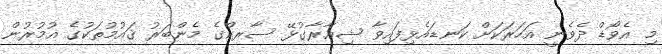
މި އެވޯޑް ދެވެނީ އަހަރަކަށް ކަނޑައެޅިފައިވާ ޝިޢާރާގުޅޭ ސާރކްގެ މެންބަރު ޤައުމުތަކުގެ އުމުރުން